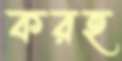
করহ